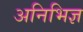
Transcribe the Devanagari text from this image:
अनिभिज्ञ